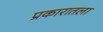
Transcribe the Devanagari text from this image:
प्रकारातला